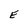
Character: E